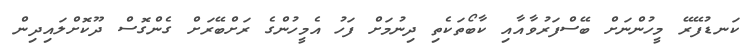
ކަނޑުފޭރޭ މީހުންނަށް ބޭސްފަރުވާއާއި ކާބޯތަކެތި ދިނުމަށް ފަހު އެމީހުންގެ ރަށްބޭރަށް ގެންގޮސް ދޫކޮށްލައިދިން